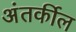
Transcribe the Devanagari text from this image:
अंतर्कील